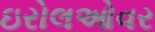
ઇરોલઓવર